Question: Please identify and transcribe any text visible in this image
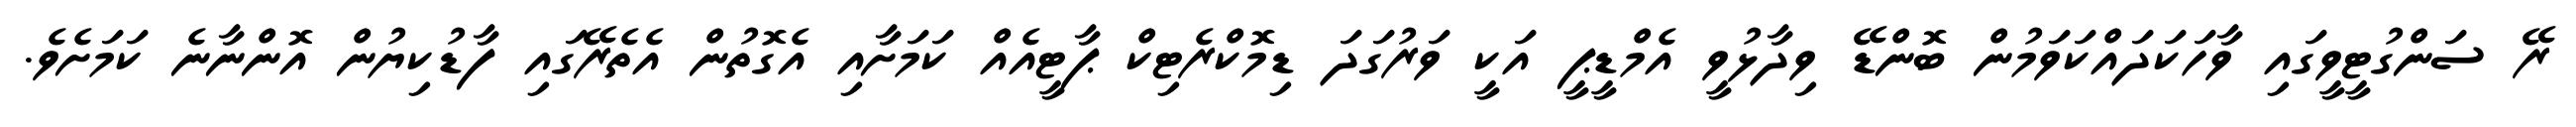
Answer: ރޭ ސަންގުޓީވީގައި ވާހަކަދައްކަވަމުން ބޮންޑޭ ވިދާޅުވީ އެމްޑީޕީ އަކީ ވަރުގަދަ ޑިމޮކްރެޓިކް ޕާޓީއެއް ކަމަށާއި އެގޮތުން އެތެރޭގައި ފާޑުކިޔުން އޮންނާނެ ކަމަށެވެ.